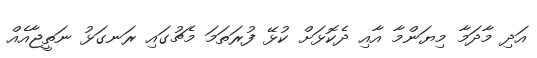
އަދި މާދަމާ މިޔަންމާ އާއި ދެކޮޅަށް ކުޅޭ ފުރަތަމަ މެޗުގައި ރަނގަޅު ނަތީޖާއެއް